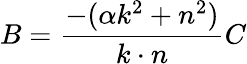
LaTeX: B=\frac{-(\alpha k^{2}+n^{2})}{k\cdot n}C